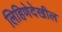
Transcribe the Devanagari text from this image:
लिहिणेदेखील